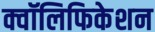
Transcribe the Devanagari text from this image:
क्वॉलिफिकेशन